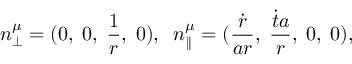
n _ { \perp } ^ { \mu } = ( 0 , \; 0 , \; \frac { 1 } { r } , \; 0 ) , \; \; n _ { \parallel } ^ { \mu } = ( \frac { \dot { r } } { a r } , \; \frac { \dot { t } a } { r } , \; 0 , \; 0 ) ,